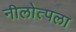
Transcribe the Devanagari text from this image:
नीलोत्पला